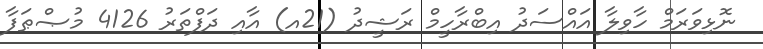
ނޮޅިވަރަމް ހާވިލާ އައްސަދު އިބްރާހީމް ރަޝީދު (21އ) އާއި ދަފްތަރު 4126 މުޞްޠަފާ